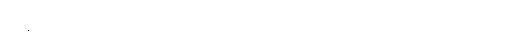
ပြန်လည်ကောင်းမွန်အောင် လုပ်ရာမှာလည်း အရေးပါပါတယ်။